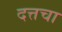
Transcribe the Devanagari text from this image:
दत्तचा